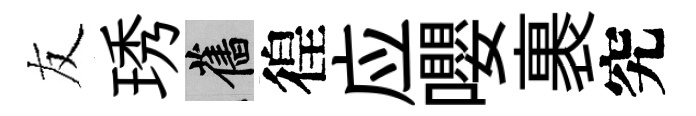
友琇舊徨应嚶裹究